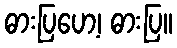
ဓားပြဟေ့၊ ဓားပြ။